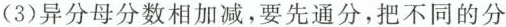
(3)异分母分数相加减，要先通分，把不同的分